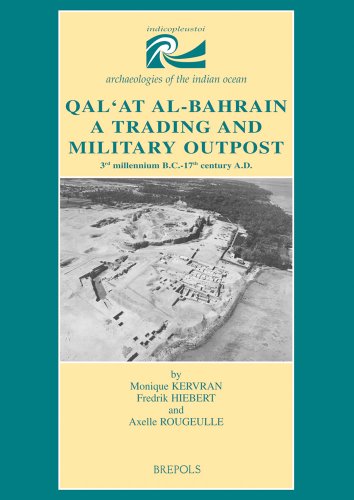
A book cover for Qal'at al-Bahrain. A trading and military outpost: 3rd millenium B.C.-17th century A.D. (Indicopleustoi); History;